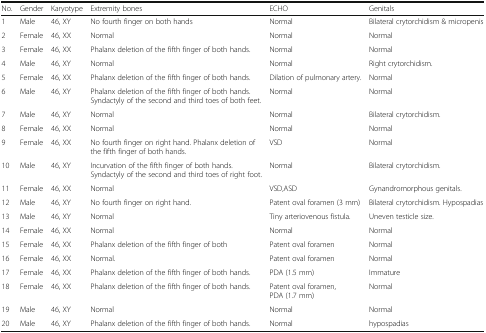
| No. | Gender | Karyotype | Extremity bones | ECHO | Genitals |
 | --- | --- | --- | --- | --- | --- |
 | 1 | Male | 46, XY | No fourth finger on both hands | Normal | Bilateral crytorchidism & micropenis |
 | 2 | Female | 46, XX | Normal | Normal | Normal |
 | 3 | Female | 46, XX | Phalanx deletion of the fifth finger of both hands. | Normal | Normal |
 | 4 | Male | 46, XY | Normal | Normal | Right crytorchidism. |
 | 5 | Female | 46, XX | Phalanx deletion of the fifth finger of both hands. | Dilation of pulmonary artery. | Normal |
 | 6 | Male | 46, XY | Phalanx deletion of the fifth finger of both hands. Syndactyly of the second and third toes of both feet. | Normal | Normal |
 | 7 | Male | 46, XY | Normal | Normal | Bilateral crytorchidism. |
 | 8 | Female | 46, XX | Normal | Normal | Normal |
 | 9 | Female | 46, XX | No fourth finger on right hand. Phalanx deletion of the fifth finger of both hands. | VSD | Normal |
 | 10 | Male | 46, XY | Incurvation of the fifth finger of both hands. Syndactyly of the second and third toes of right foot. | Normal | Bilateral crytorchidism. |
 | 11 | Female | 46, XX | Normal | VSD,ASD | Gynandromorphous genitals. |
 | 12 | Male | 46, XY | No fourth finger on right hand. | Patent oval foramen (3 mm) | Bilateral crytorchidism. Hypospadias |
 | 13 | Male | 46, XY | Normal | Tiny arteriovenous fistula. | Uneven testicle size. |
 | 14 | Female | 46, XX | Normal | Normal | Normal |
 | 15 | Female | 46, XX | Phalanx deletion of the fifth finger of both | Patent oval foramen | Normal |
 | 16 | Female | 46, XX | Normal. | Patent oval foramen | Normal |
 | 17 | Female | 46, XX | Phalanx deletion of the fifth finger of both hands. | PDA (1.5 mm) | Immature |
 | 18 | Female | 46, XX | Phalanx deletion of the fifth finger of both hands. | Patent oval foramen, PDA (1.7 mm) | Normal |
 | 19 | Male | 46, XY | Normal | Normal | Normal |
 | 20 | Male | 46, XY | Phalanx deletion of the fifth finger of both hands. | Normal | hypospadias |